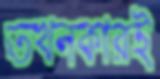
তখনকারই